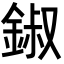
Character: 𨧷